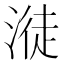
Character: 𣺺